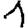
Digit: 1